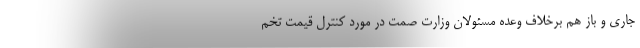
جاری و باز هم برخلاف وعده مسئولان وزارت صمت در مورد کنترل قیمت تخم